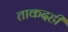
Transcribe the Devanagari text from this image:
ताकदही